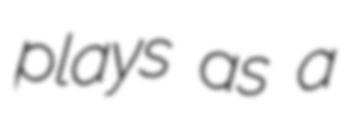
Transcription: plays as a